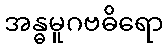
အန္ဓမူဂဗဓိရော